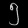
Digit: ၅